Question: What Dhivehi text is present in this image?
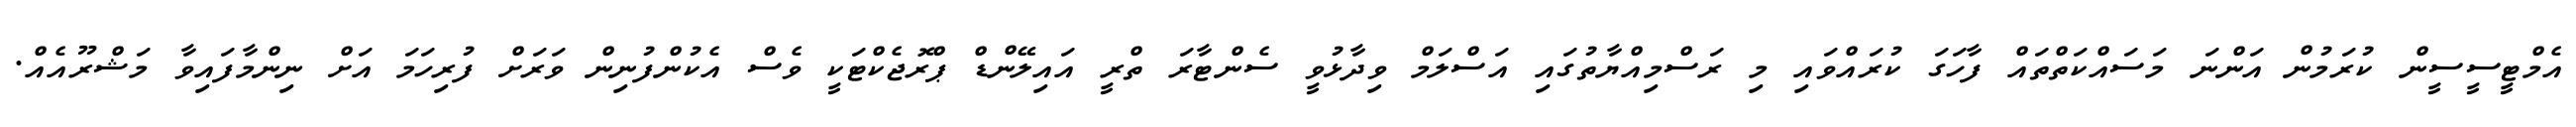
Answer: އެމްޓީސީސީން ކުރަމުން އަންނަ މަސައްކަތްތައް ފާހަގަ ކުރައްވައި މި ރަސްމިއްޔާތުގައި އަސްލަމް ވިދާޅުވީ ސެންޓާރަ ތްރީ އައިލޭންޑް ޕްރޮޖެކްޓަކީ ވެސް އެކުންފުނިން ވަރަށް ފުރިހަމަ އަށް ނިންމާފައިވާ މަޝްރޫއެއް.